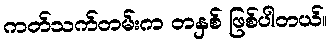
ကတ်သက်တမ်းက တနှစ် ဖြစ်ပါတယ်။